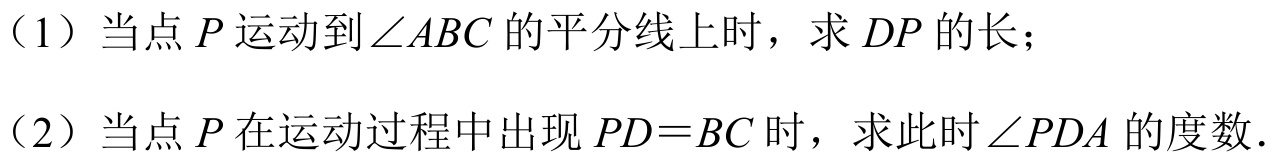
（1）当点\(P\)运动到\(\angle ABC\)的平分线上时，求\(DP\)的长；
（2）当点\(P\)在运动过程中出现\(PD = BC\)时，求此时\(\angle PDA\)的度数.